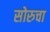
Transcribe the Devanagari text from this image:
सोरुचा